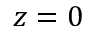
z = 0